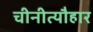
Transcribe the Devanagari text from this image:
चीनीत्यौहार